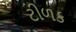
ટીળક